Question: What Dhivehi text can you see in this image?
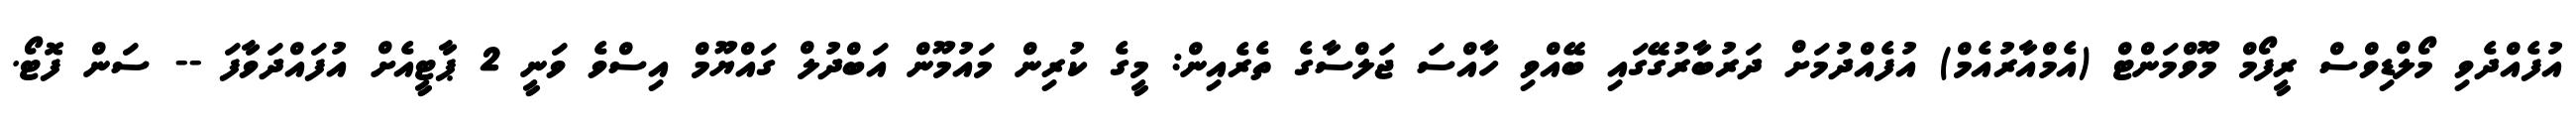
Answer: އުފެއްދެވި މޯލްޑިވްސް ރީފޯމް މޫވްމަންޓް (އެމްއާރުއެމް) އުފެއްދުމަށް ދަރުބާރުގޭގައި ބޭއްވި ހާއްސަ ޖަލްސާގެ ތެރެއިން: މީގެ ކުރިން މައުމޫން އަބްދުލް ގައްޔޫމް އިސްވެ ވަނީ 2 ޕާޓީއެށް އުފައްދަވާފަ -- ސަން ފޮޓޯ.